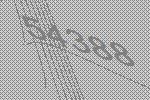
54388